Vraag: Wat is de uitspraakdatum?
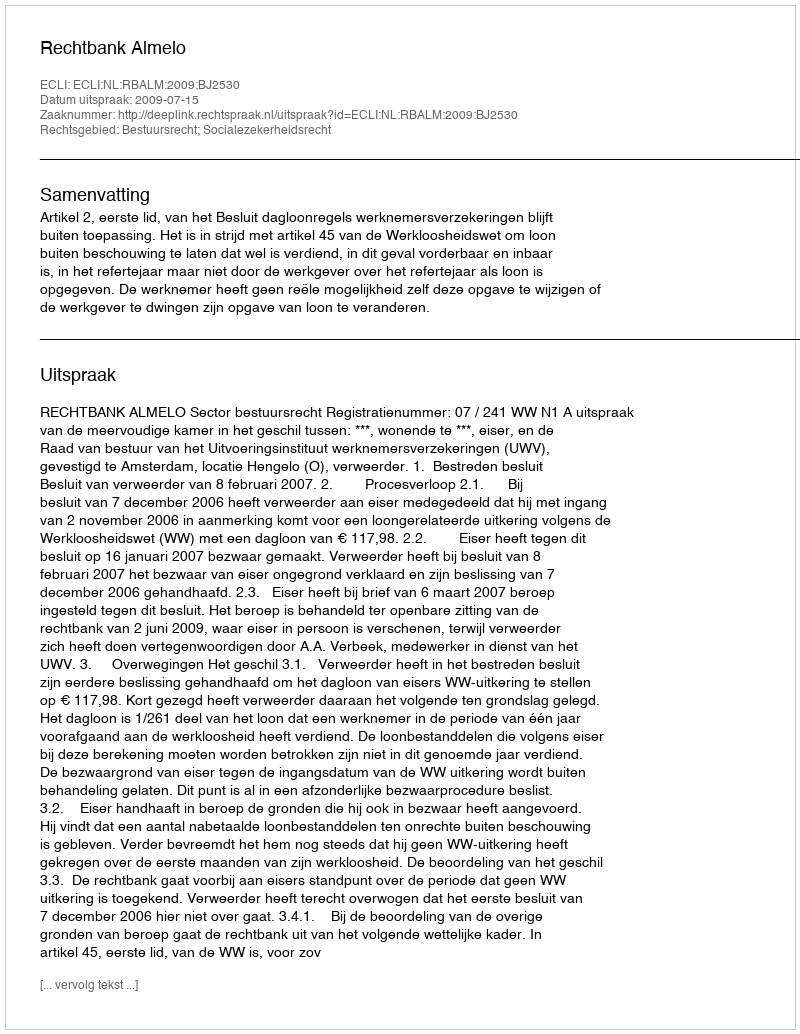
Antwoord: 2009-07-15